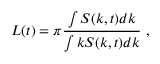
L ( t ) = \pi \frac { \int S ( k , t ) d k } { \int k S ( k , t ) d k } \ ,